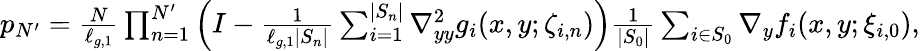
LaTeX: \begin{array}{r}{p_{N^{\prime}}=\frac{N}{\ell_{g,1}}\prod_{n=1}^{N^{\prime}}\Big(I-\frac{1}{\ell_{g,1}\left|S_{n}\right|}\sum_{i=1}^{\left|S_{n}\right|}\nabla_{yy}^{2}g_{i}(x,y;\zeta_{i,n})\Big)\frac{1}{\left|S_{0}\right|}\sum_{i\in S_{0}}\nabla_{y}f_{i}(x,y;\xi_{i,0}),}\end{array}